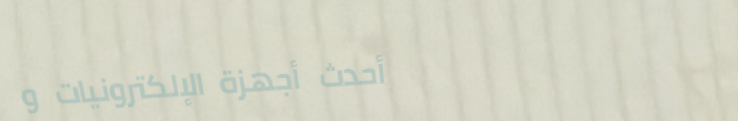
أحدث أجهزة الإلكترونيات و